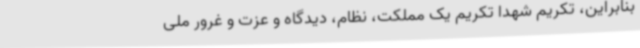
بنابراین، تکریم شهدا تکریم یک مملکت، نظام، دیدگاه و عزت و غرور ملی